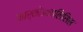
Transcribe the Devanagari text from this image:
नार्कोअनालिसिस